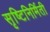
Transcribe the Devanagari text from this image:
सृष्टिनिर्मिती